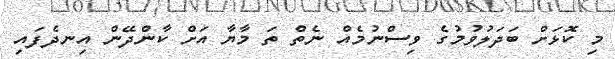
މި ކޮޅަށް ބަދަލުވުމުގެ ވިސްނުމެއް ނެތް ތަ މާޔާ އަށް ކާންދޭން އިނދެފައި